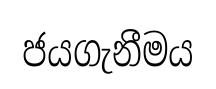
ජයගැනීමය